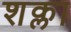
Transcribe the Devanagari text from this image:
शक्ला